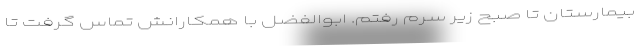
بیمارستان تا صبح زیر سِرُم رفتم. ابوالفضل با همکارانش تماس گرفت تا